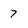
Character: 7